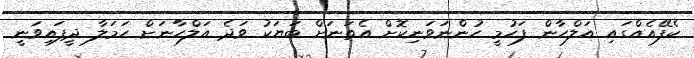
ކެފޭއެއްގައި އަލްހާން ފަހުމީ ހުންނަވަނިކޮށް އެތަނަށް ބަޔަކު ވަދެ އަލްހާނަށް ހަމަލާ ދީފައިވަނީ